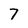
Character: 7